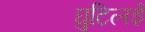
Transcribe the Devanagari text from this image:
घुटिलई